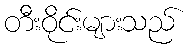
တီးဝိုင်းများသည်